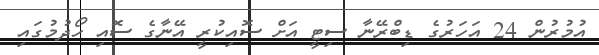
އުމުރުން 24 އަހަރުގެ ޑިބްރޭނާ ސިޓީ އަށް ސޮއިކުރީ އޭނާގެ ސޮއި ހޯދުމުގައި